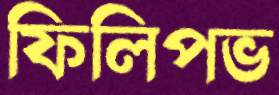
ফিলিপভ